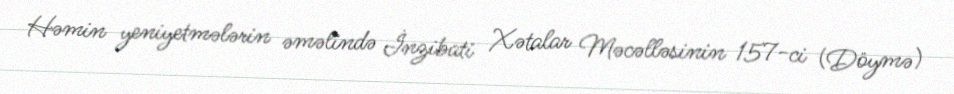
Həmin yeniyetmələrin əməlində İnzibati Xətalar Məcəlləsinin 157-ci (Döymə)